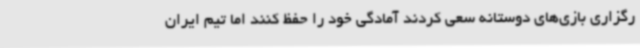
رگزاری بازی‌های دوستانه سعی کردند آمادگی خود را حفظ کنند اما تیم ایران